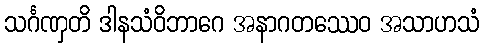
သင်္ဂဏှတိ ဒါနသံဝိဘာဂေ အနာဂတဿေဝ အသာဟသံ